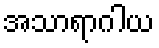
အသာရာဂါယ